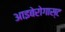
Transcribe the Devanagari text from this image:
आइबेरोगास्ट